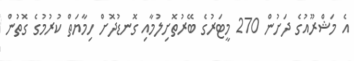
އެ މަޝްރޫއުގެ ދަށުން 270 މީޓަރުގެ ބޭރުތޮށިލުމާއި ގޮނޑުދޮށް ހިމާޔަތް ކުރުމުގެ ގޮތުން